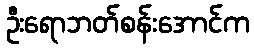
ဦးရောဘတ်စန်းအောင်က